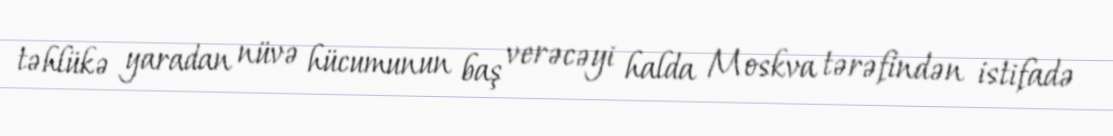
təhlükə yaradan nüvə hücumunun baş verəcəyi halda Moskva tərəfindən istifadə